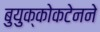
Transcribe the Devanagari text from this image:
बुयुक्कोकटेनने